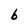
Character: 6